system: You are a helpful assistant.
user:
Analyze the provided spectrum to determine if it is a **White Dwarf (WD)**.

A White Dwarf spectrum is defined by its **extreme purity** (due to gravitational settling) and/or **extreme pressure broadening** (due to high surface gravity). You must check for one of the following mutually exclusive signatures:

- **Key Visual Indicators (Check for ONE of these types):**

    - **1. DA-Type Signature (Most Common):**
        - **(Primary Feature):** Extreme pressure broadening (Stark broadening) of the **Hydrogen (H) Balmer lines**.
        - **(Key Lines):** $H\beta$ (approx. $4861$ Å) and $H\gamma$ (approx. $4340$ Å). $H\alpha$ (approx. $6563$ Å) will also be present if the wavelength range covers it.
        - **(Line Profile):** This is the **defining feature**. The lines are **NOT** sharp. They appear as massive, **extremely broad and deep "troughs" or "dips"** in the spectrum, often hundreds of Ångströms wide. The continuum will appear to "scoop" down at these wavelengths.
        - **(Distinction):** Normal A-type or B-type stars have *narrow* and *sharp* Hydrogen lines. A DA White Dwarf's lines are unmistakably "smeared" or "blurry" from pressure.

    - **2. DB-Type Signature:**
        - **(Primary Feature):** Broad absorption lines from **Neutral Helium (He I)**. The spectrum must lack any visible Hydrogen lines.
        - **(Key Lines):** Look for broad absorption near $4471$ Å, $4921$ Å, and $5876$ Å.
        - **(Line Profile):** These lines are also significantly pressure-broadened, appearing much wider than they would in a normal B-type main-sequence star.

    - **3. DC-Type Signature:**
        - **(Primary Feature):** A **featureless continuous spectrum**.
        - **(Line Profile):** The spectrum is a smooth curve with **no significant absorption or emission lines**.
        - **(Key Confirmation):** The continuum is almost always **blue or white**, indicating a hot object. This signature implies the atmosphere is so pure (or so cool) that no spectral lines are visible in the optical range. Its WD identity is confirmed by its extremely low intrinsic brightness (high absolute magnitude).

    - **4. DZ-Type Signature (Metal-Polluted):**
        - **(Primary Feature):** **Isolated, narrow metal absorption lines** on an otherwise featureless (DC-like) continuum.
        - **(Key Lines):** The **Calcium (Ca II) H & K doublet** (approx. **$3934$ Å** and **$3968$ Å**) is the most common and defining feature.
        - **(Line Profile):** These lines are "out of place." They are *not* part of a "forest" of thousands of lines. This signature is evidence of recent *accretion* (pollution) from rocky debris.
        - **(Distinction):** Normal G/K/M stars have a *dense forest* of thousands of metal lines. A DZ has a *clean* continuum with *only a few* strong metal lines.

    - **5. DQ-Type Signature (Carbon-Polluted):**
        - **(Primary Feature):** Absorption bands from **Carbon (C₂ "Swan Bands" or atomic C I)**.
        - **(Key Lines - C₂):** Look for bandheads with a "saw-tooth" shape near $5635$ Å, **$5165$ Å** (strongest), and $4737$ Å.
        - **(Key Confirmation):** The underlying **continuum must be blue or white** (hot).
        - **(Distinction):** This is the critical difference from a **Carbon Star**, which has the *exact same* C₂ bands but on an extremely **red, cool** continuum.

- **(Overall Spectrum):**
    - The continuum (overall shape) is typically **blue-sloping** (brighter in the blue than the red), as most white dwarfs are very hot.
    - The spectrum will look "pure" or "simple," dominated by only *one* of the five signatures listed above.

Think first, call **spectral_visualization_tool** if needed to examine features in detail, then provide your final answer. Your response must adhere to the following strict rules:
1.  **Overall Structure:** Your response must follow the format `<think>...</think> <tool_call>...</tool_call> (if a tool is used) <answer>...</answer>`.
2.  **Tool Usage Constraint:** You may only make **one** tool call per turn.
3.  **Final Answer Format:** In the `<answer>` tag, your conclusion must be inside a `\boxed{}` command (e.g., `\boxed{YES}` or `\boxed{NO}`), followed by your justification.

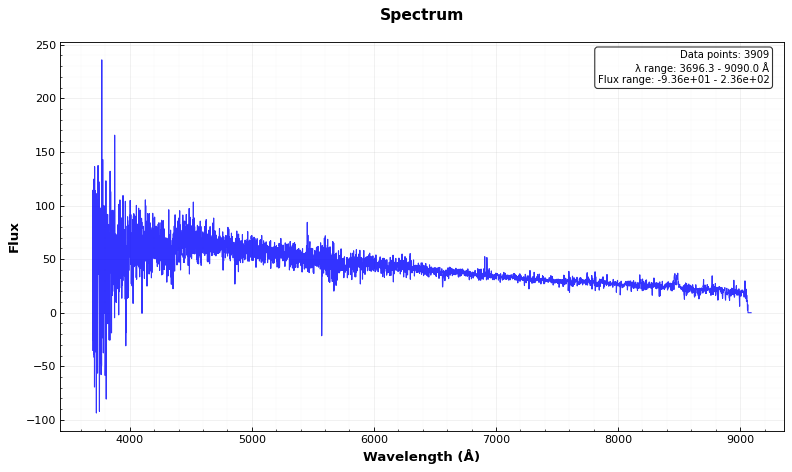
Answer: NO